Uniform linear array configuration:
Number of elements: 48
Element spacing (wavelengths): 0.5
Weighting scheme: blackman
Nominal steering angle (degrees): -60
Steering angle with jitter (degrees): -60.789
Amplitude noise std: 0.05
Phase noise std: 0.05

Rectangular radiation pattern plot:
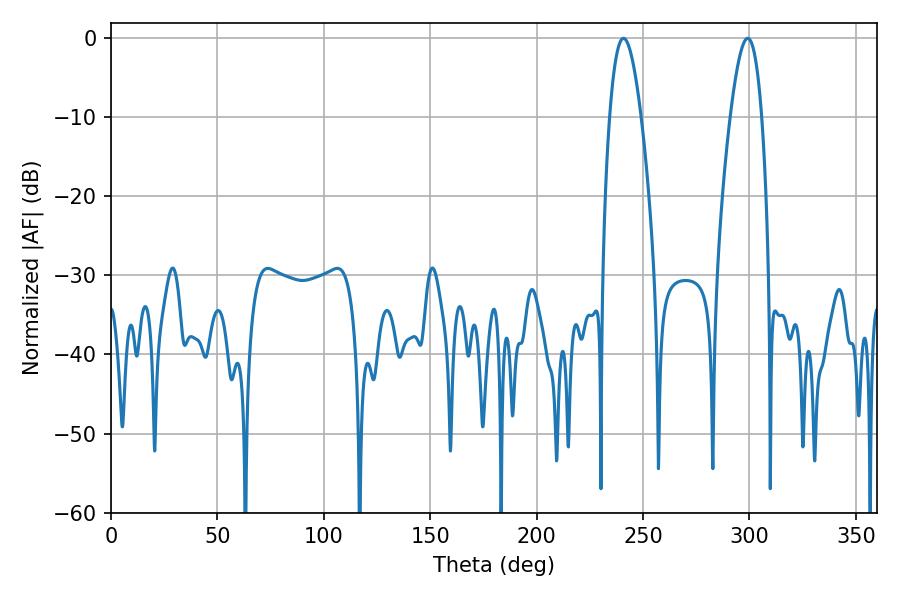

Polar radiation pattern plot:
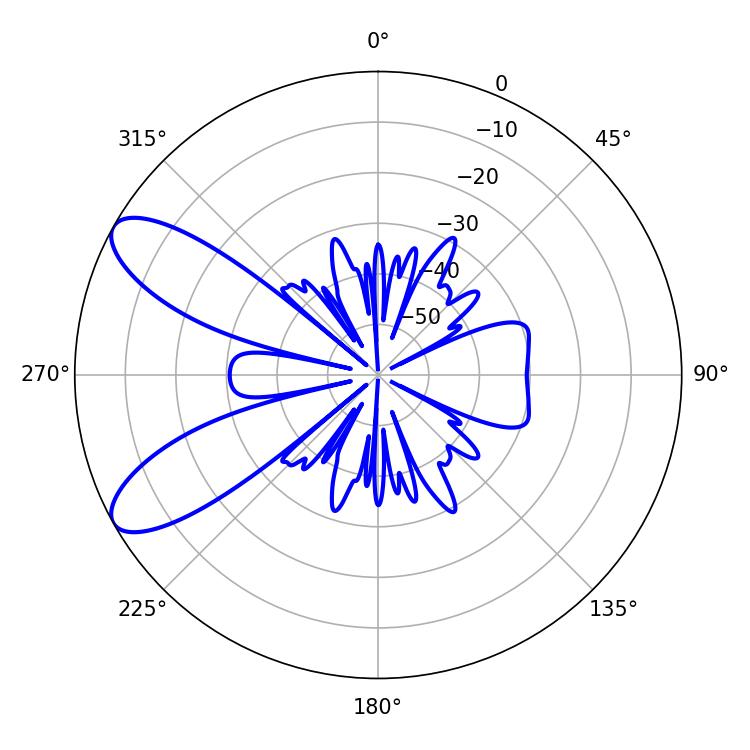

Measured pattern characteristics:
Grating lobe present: FALSE
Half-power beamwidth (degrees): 8.1
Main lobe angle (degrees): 240.84